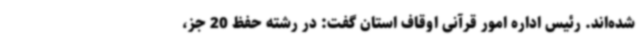
شده‌اند. رئیس اداره امور قرآنی اوقاف استان گفت: در رشته حفظ 20 جز،